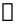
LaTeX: \mathbb{k}